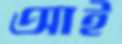
আই